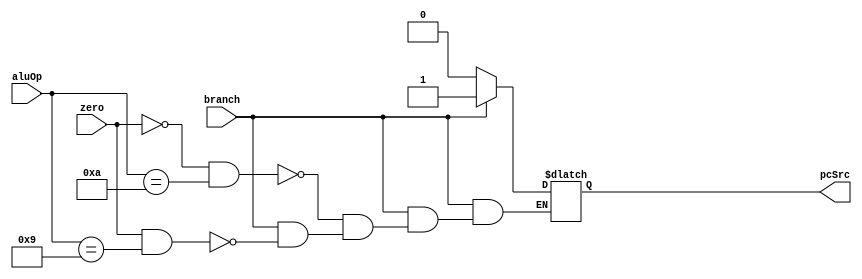
module branchControl(input branch,zero,input[3:0] aluOp,output pcSrc);
  reg out1 ;
  always @(*)begin
    if (branch == 1)begin 
      if (zero == 1 && aluOp == 4'b1001) out1 = 1;
    if (zero == 0 && aluOp == 4'b1010) out1 = 1;
    end
  else out1 =0;
  end
  assign pcSrc = out1;
endmodule